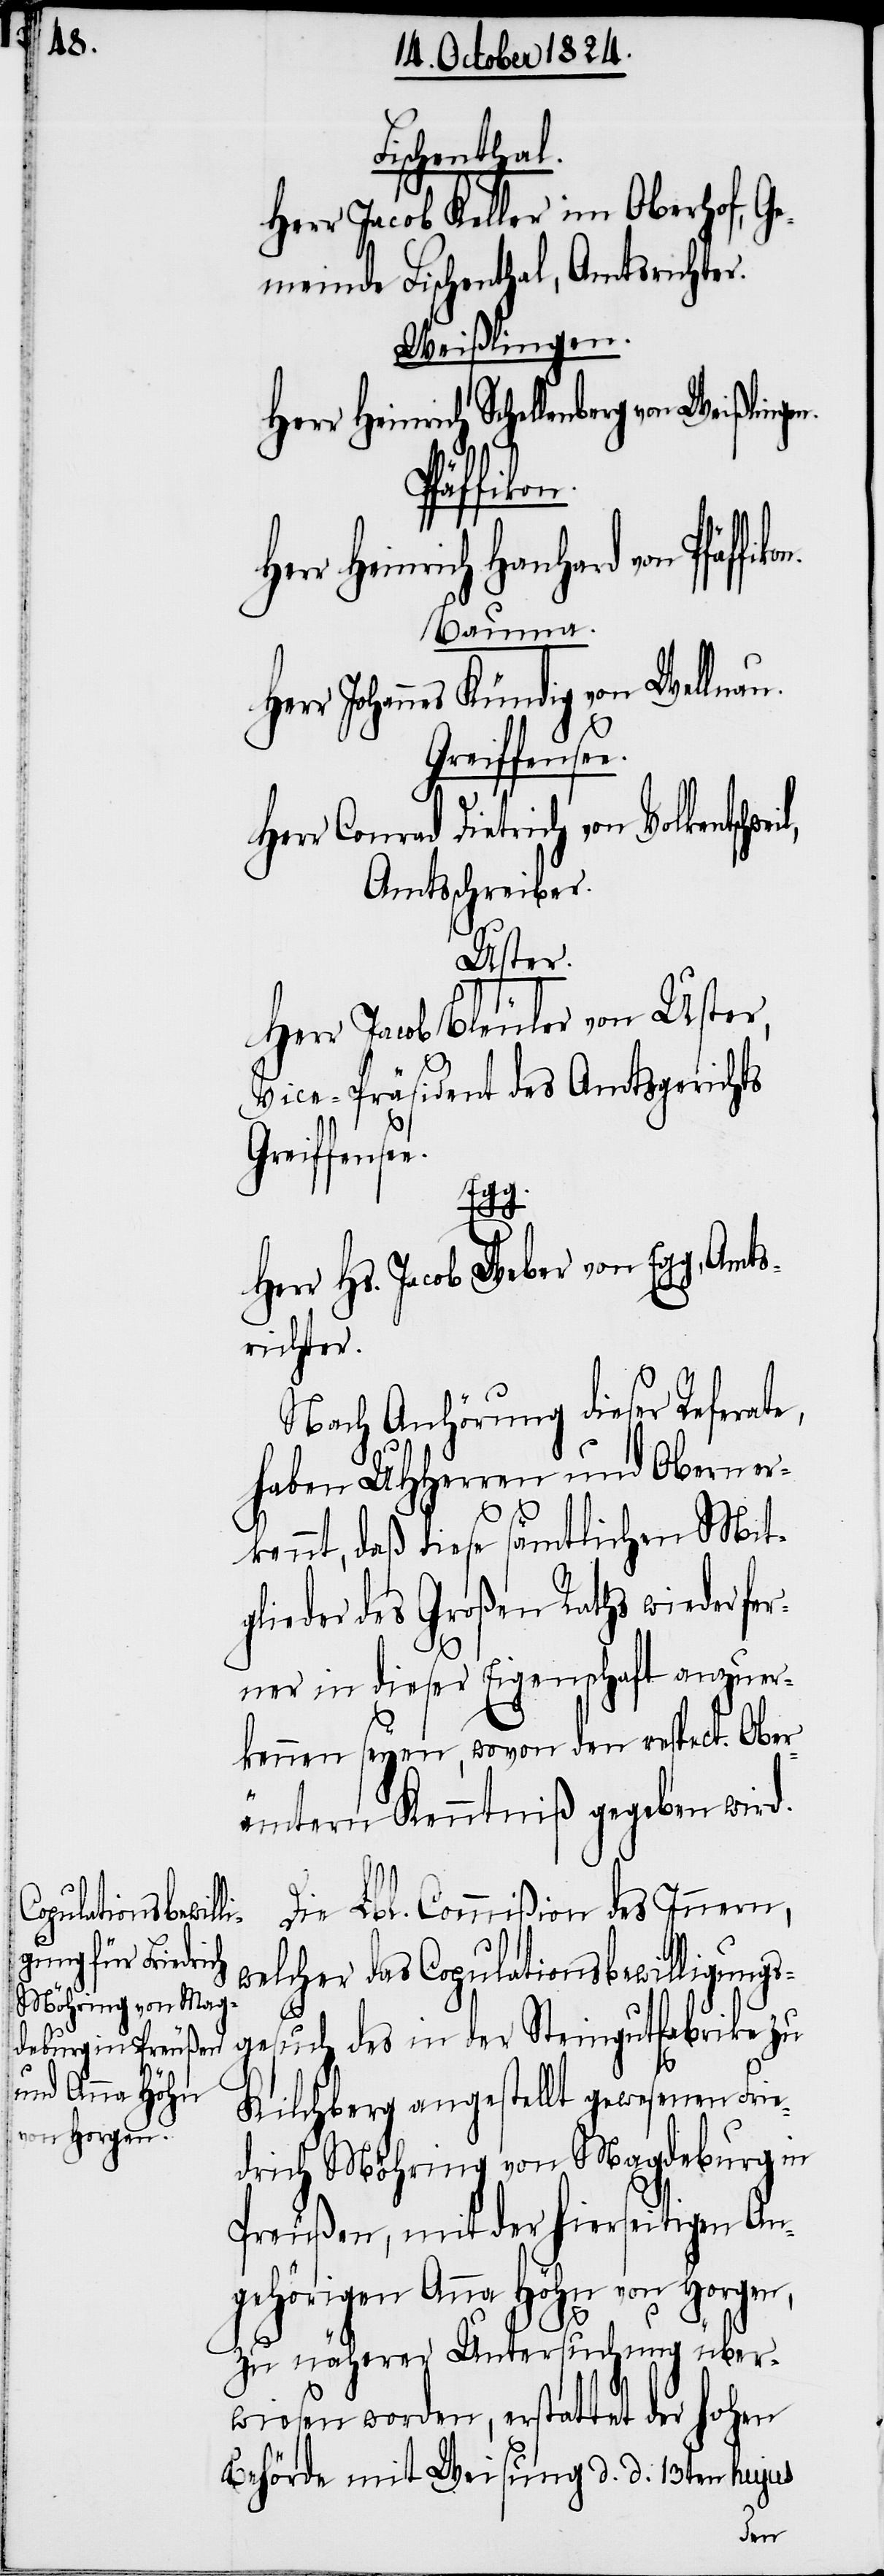
Volkentschweil,
e.

Fischenthal.
Herr Jacob Keller im Oberhof, Ge¬
meinde Fischenthal, Amtsrichter.
Weißlingen.
Herr Heinrich Schellenberg von
ffikon.
Heinrich Hanhard von Pfä¬
Bauma.
Herr Johannes Kündig von Wellnau.
Greiffensee.
Herr Conrad Dietrich von
Amtsschreiber.
Uster.
Herr Jacob Bleuler von Uster,
Vice-Präsident des Amtsgerichts
Greiffense¬
ges¬
Herr Hs. Jacob Weber von Egg, Amts¬
richter.
Nach Anhörung dieser Referate,
haben UHHerren und Obern er¬
kennt, daß diese sämtlichen Mit¬
glieder des Großen Raths wieder fe¬
rner in dieser Eigenschaft anzuer¬
kennen seyen, wovon den respect. Ober¬
ämtern Kenntniß gegeben wird.
Die Lbl. Commißion des Innern,
welcher das Copulationsbewilligungs¬
uch des in der Steingutfabrike zu
Herr
Kilchberg angestellt gewesenen Frie¬
drich Möhring von Magdeburg in
Preußen, mit der hierseitigen An¬
gehörigen Anna Höhn von Horgen,
zu näherer Unersuchung über¬
wiesen worden, erstattet der hohen
Behörde mit Weisung d. d. 13ten hujus